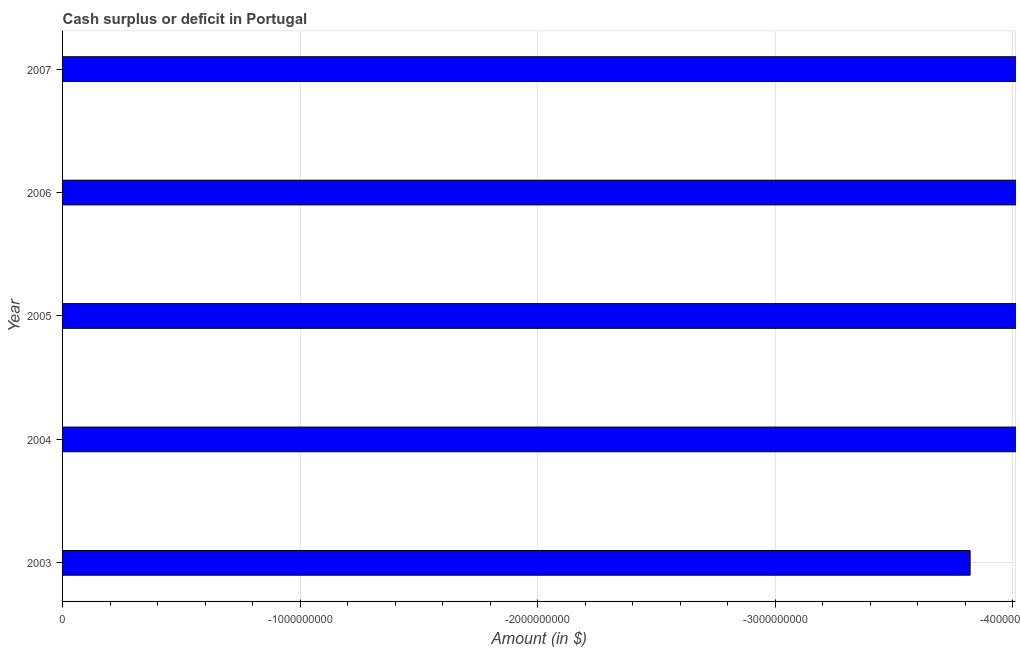
| Year | Cash surplus or deficit |
 | --- | --- |
 | 2003 | -3.82e+09 |
 | 2004 | -4.93e+09 |
 | 2005 | -8.52e+09 |
 | 2006 | -6.32e+09 |
 | 2007 | -4.35e+09 |